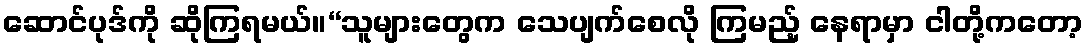
ဆောင်ပုဒ်ကို ဆိုကြရမယ်။“သူများတွေက သေပျက်စေလို ကြမည့် နေရာမှာ ငါတို့ကတော့